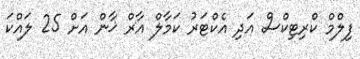
ފިލްމް ކްރިޓިކްސް އަދި އެކްޓަރު ކަމާލް އާރް ޚާން އަށް 25 ލައްކަ